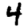
Digit: 4